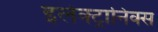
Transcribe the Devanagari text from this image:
इलेक्ट्रानिक्स